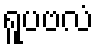
ရူပဗလံ